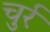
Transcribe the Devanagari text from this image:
चुर्र